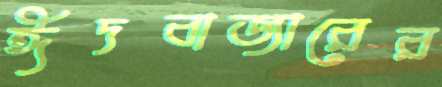
ঈদবাজারের